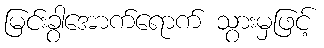
မြင်းခွာအောက်ရောက် သွားမှဖြင့်